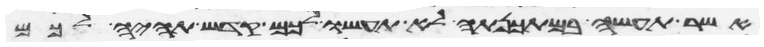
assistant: אשר תעשה במתכנתה לא תעשו לכם קדש תהיה לכם